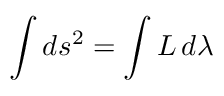
\int d s ^ { 2 } = \int L \, d \lambda